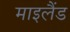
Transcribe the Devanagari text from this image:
माइलैंड